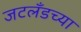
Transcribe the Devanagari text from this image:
जटलँडच्या